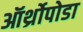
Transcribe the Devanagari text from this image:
ऑर्थ्रोपोडा